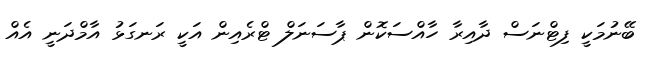
ބޭނުމަކީ ފިޓްނަސް ދާއިރާ ހާއްސަކޮން ޕާސަނަލް ޓްރެއިން އަކީ ރަނގަޅު އާމްދަނީ އެއް